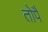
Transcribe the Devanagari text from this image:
तोपै